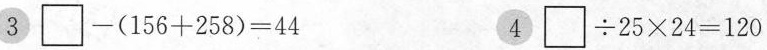
3 {\Box } - ( 1 5 6 + 2 5 8 ) = 4 4$$ 4 $${\Box } {\div} 2 5 \times 2 4 = 1 2 0$$